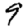
Digit: 9